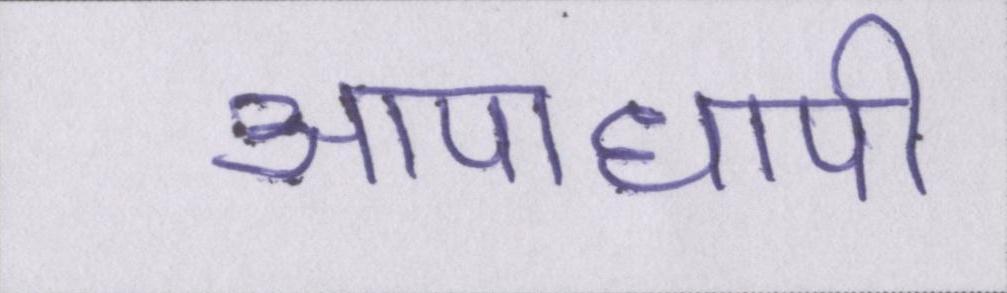
आपाधापी